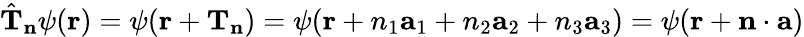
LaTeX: {\hat{\mathbf{T}}}_{\mathbf{n}}\psi(\mathbf{r})=\psi(\mathbf{r}+\mathbf{T}_{\mathbf{n}})=\psi(\mathbf{r}+n_{1}\mathbf{a}_{1}+n_{2}\mathbf{a}_{2}+n_{3}\mathbf{a}_{3})=\psi(\mathbf{r}+\mathbf{n}\cdot\mathbf{a})